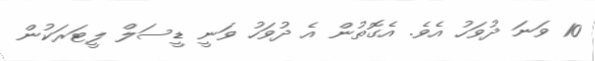
10 ވަނަ ދުވަހު އެވެ. އެގޮތުން އެ ދުވަހު ވަނީ ޑީސަލް ލީޓަރަކުން